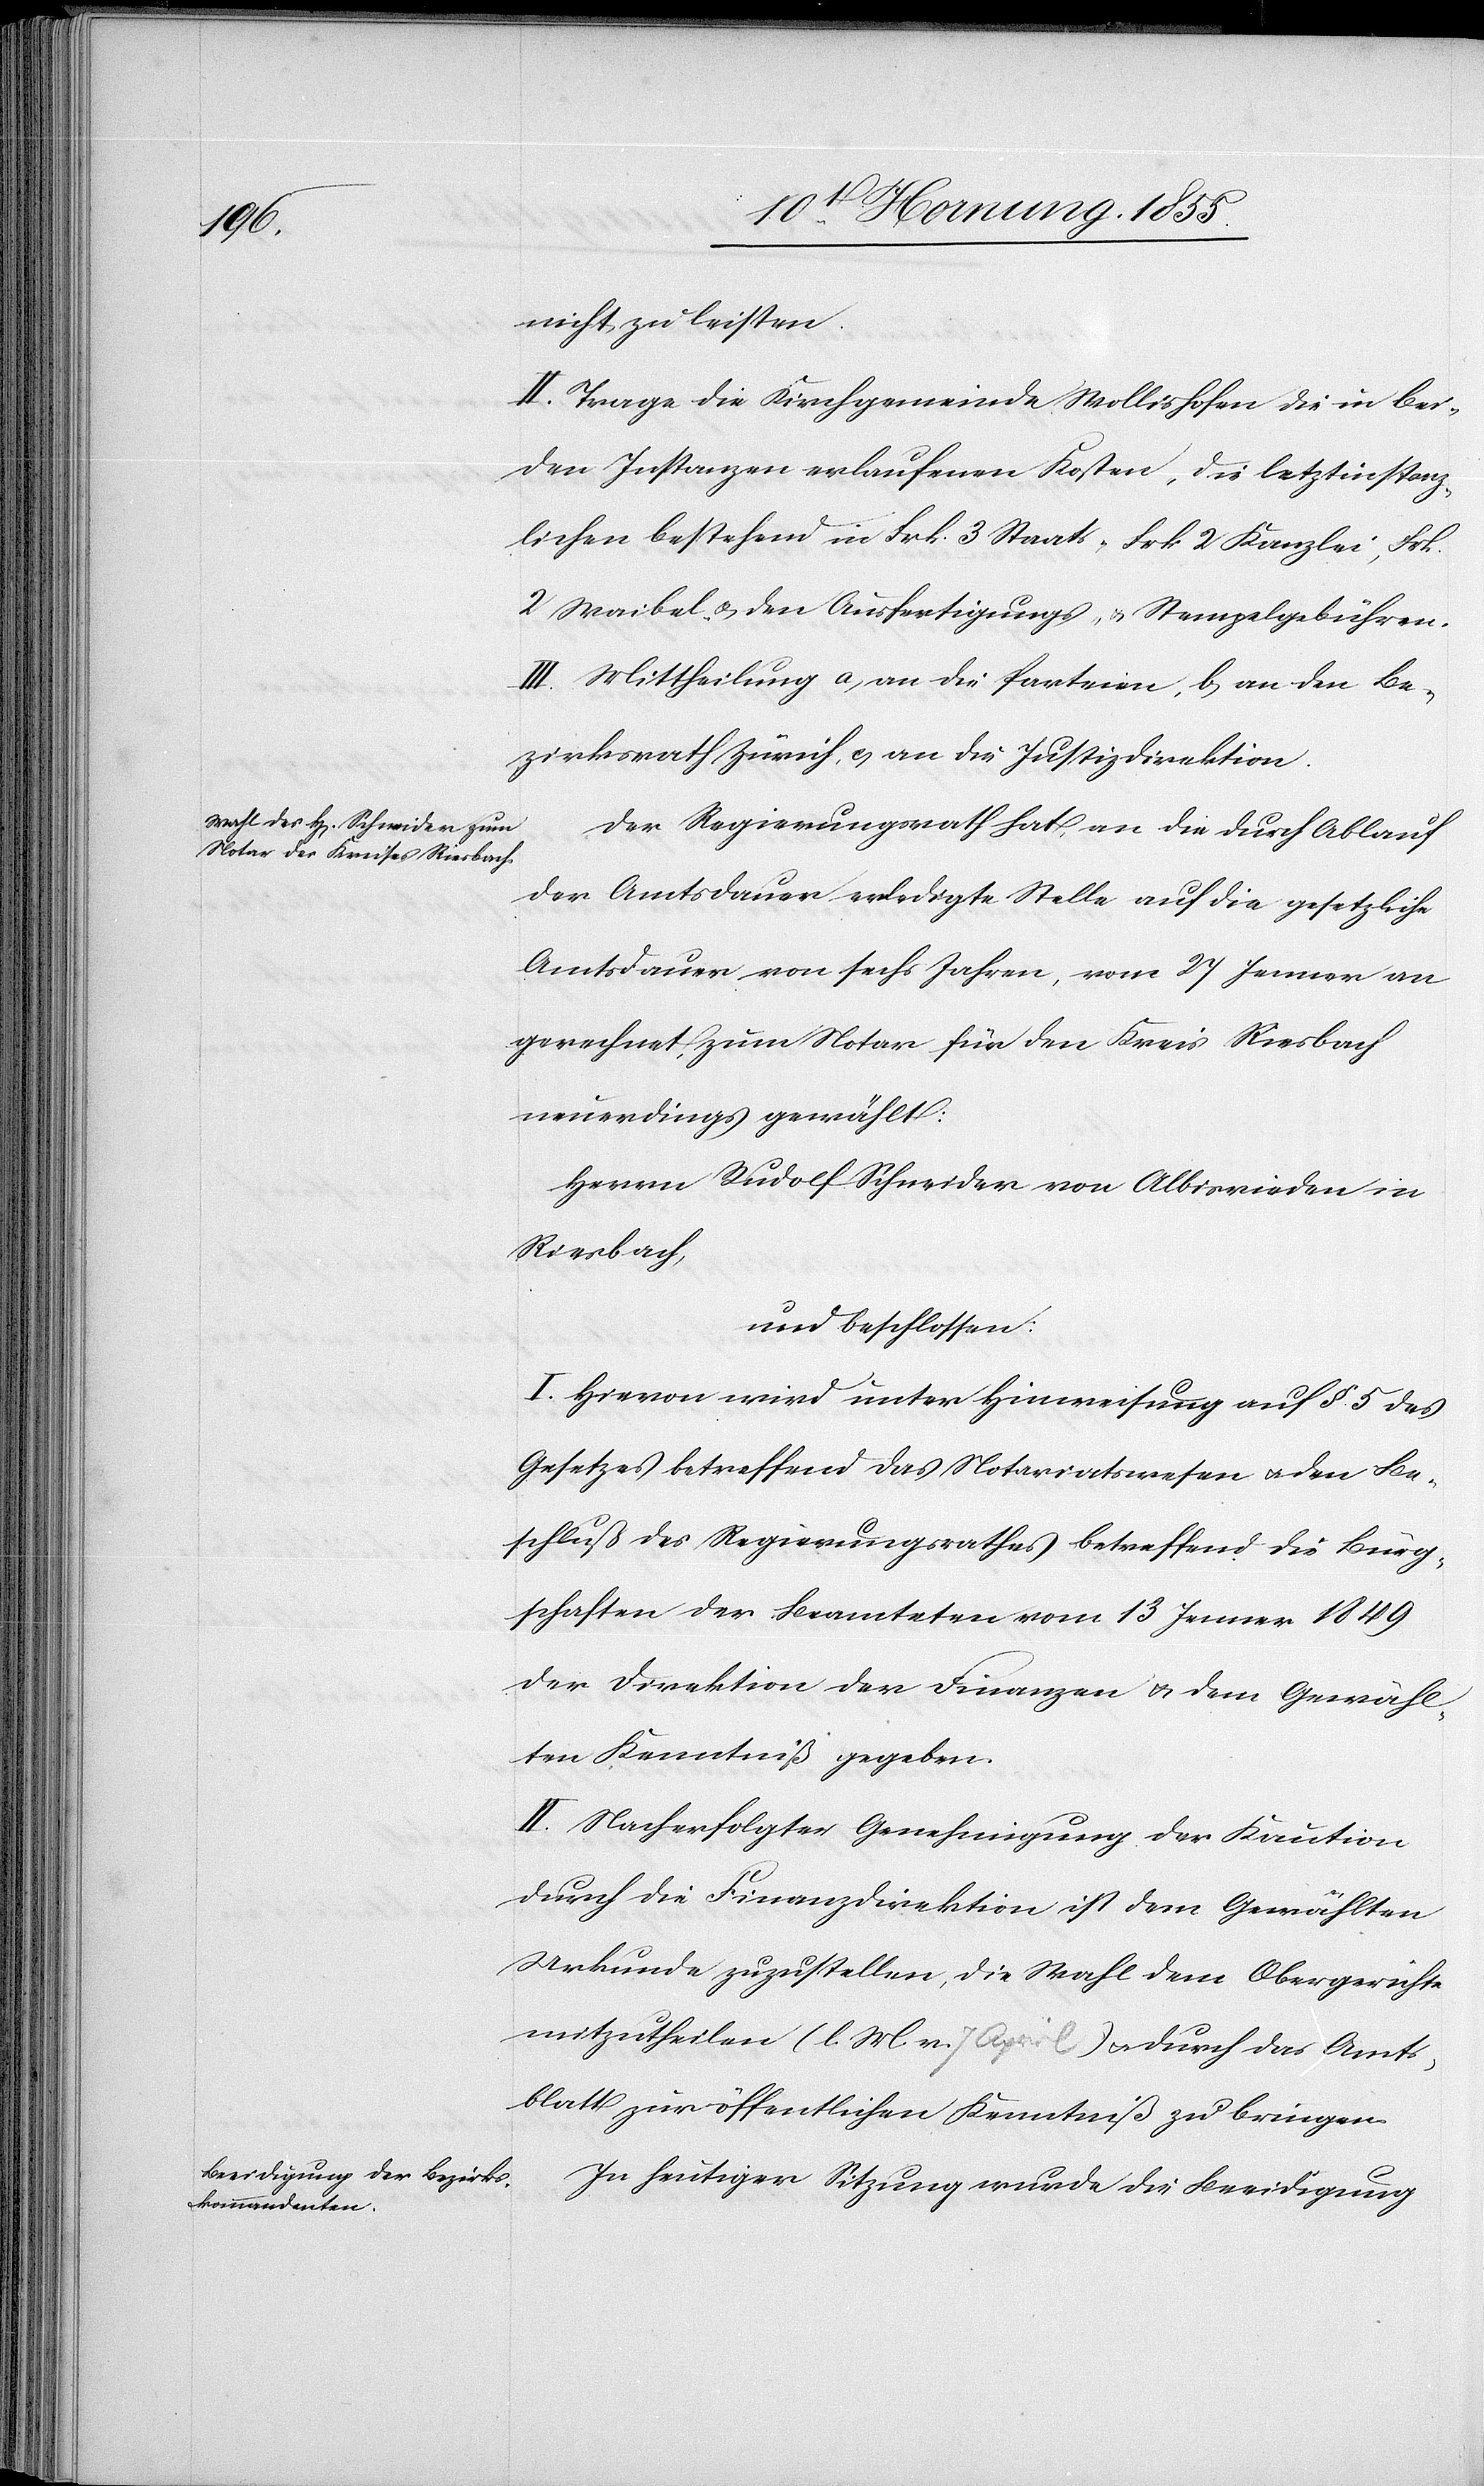
nicht zu leisten.
II. Trage die Kirchgemeinde Wollishofen die in bei¬
den Instanzen erlaufenen Kosten, die letztinstanz¬
lichen bestehend in Frk. 3 Staats-[,] Frk 2 Kanzlei-[,] Frk.
2 Waibel- & den Ausfertigungs- & Stempelgebühren.
III. Mittheilung a, an die Parteien, b, an den Be¬
zirksrath Zürich, c, an die Justizdirektion.
Der Regierungsrath hat, an die durch Ablauf
der Amtsdauer erledigte Stelle auf die gesetzliche
Amtsdauer von sechs Jahren, vom 27 Jenner an
gerechnet, zum Notar für den Kreis Riesbach
neuerdings gewählt:
Herrn Rudolf Schneider von Albisrieden in
Riesbach,
und beschlossen:
I. Hievon wird unter Hinweisung auf §. 5 des
Gesetzes betreffend das Notariatswesen & den Be¬
schluß des Regierungsrathes betreffend die Bürg¬
schaften der Beamteten vom 13 Jenner 1849
der Direktion der Finanzen & dem Gewähl¬
ten Kenntniß gegeben.
II. Nach erfolgter Genehmigung der Kaution
durch die Finanzdirektion ist dem Gewählten
Urkunde zuzustellen, die Wahl dem Obergerichte
mitzutheilen (l. M. v. a-7 April-a) & durch das Amts¬
blatt zur öffentlichen Kenntniß zu bringen.
In heutiger Sitzung wurde die Beeidigung